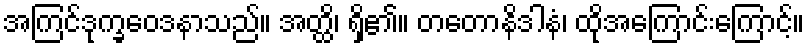
အကြင်ဒုက္ခဝေဒနာသည်။ အတ္ထိ၊ ရှိ၏။ တတောနိဒါနံ၊ ထိုအကြောင်းကြောင့်။